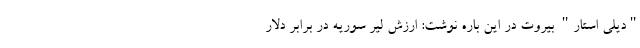
"دیلی استار" بیروت در این باره نوشت: ارزش لیر سوریه در برابر دلار